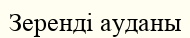
Зеренді ауданы